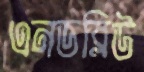
এনডব্লিউ